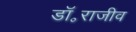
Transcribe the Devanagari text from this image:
डॉ॰राजीव